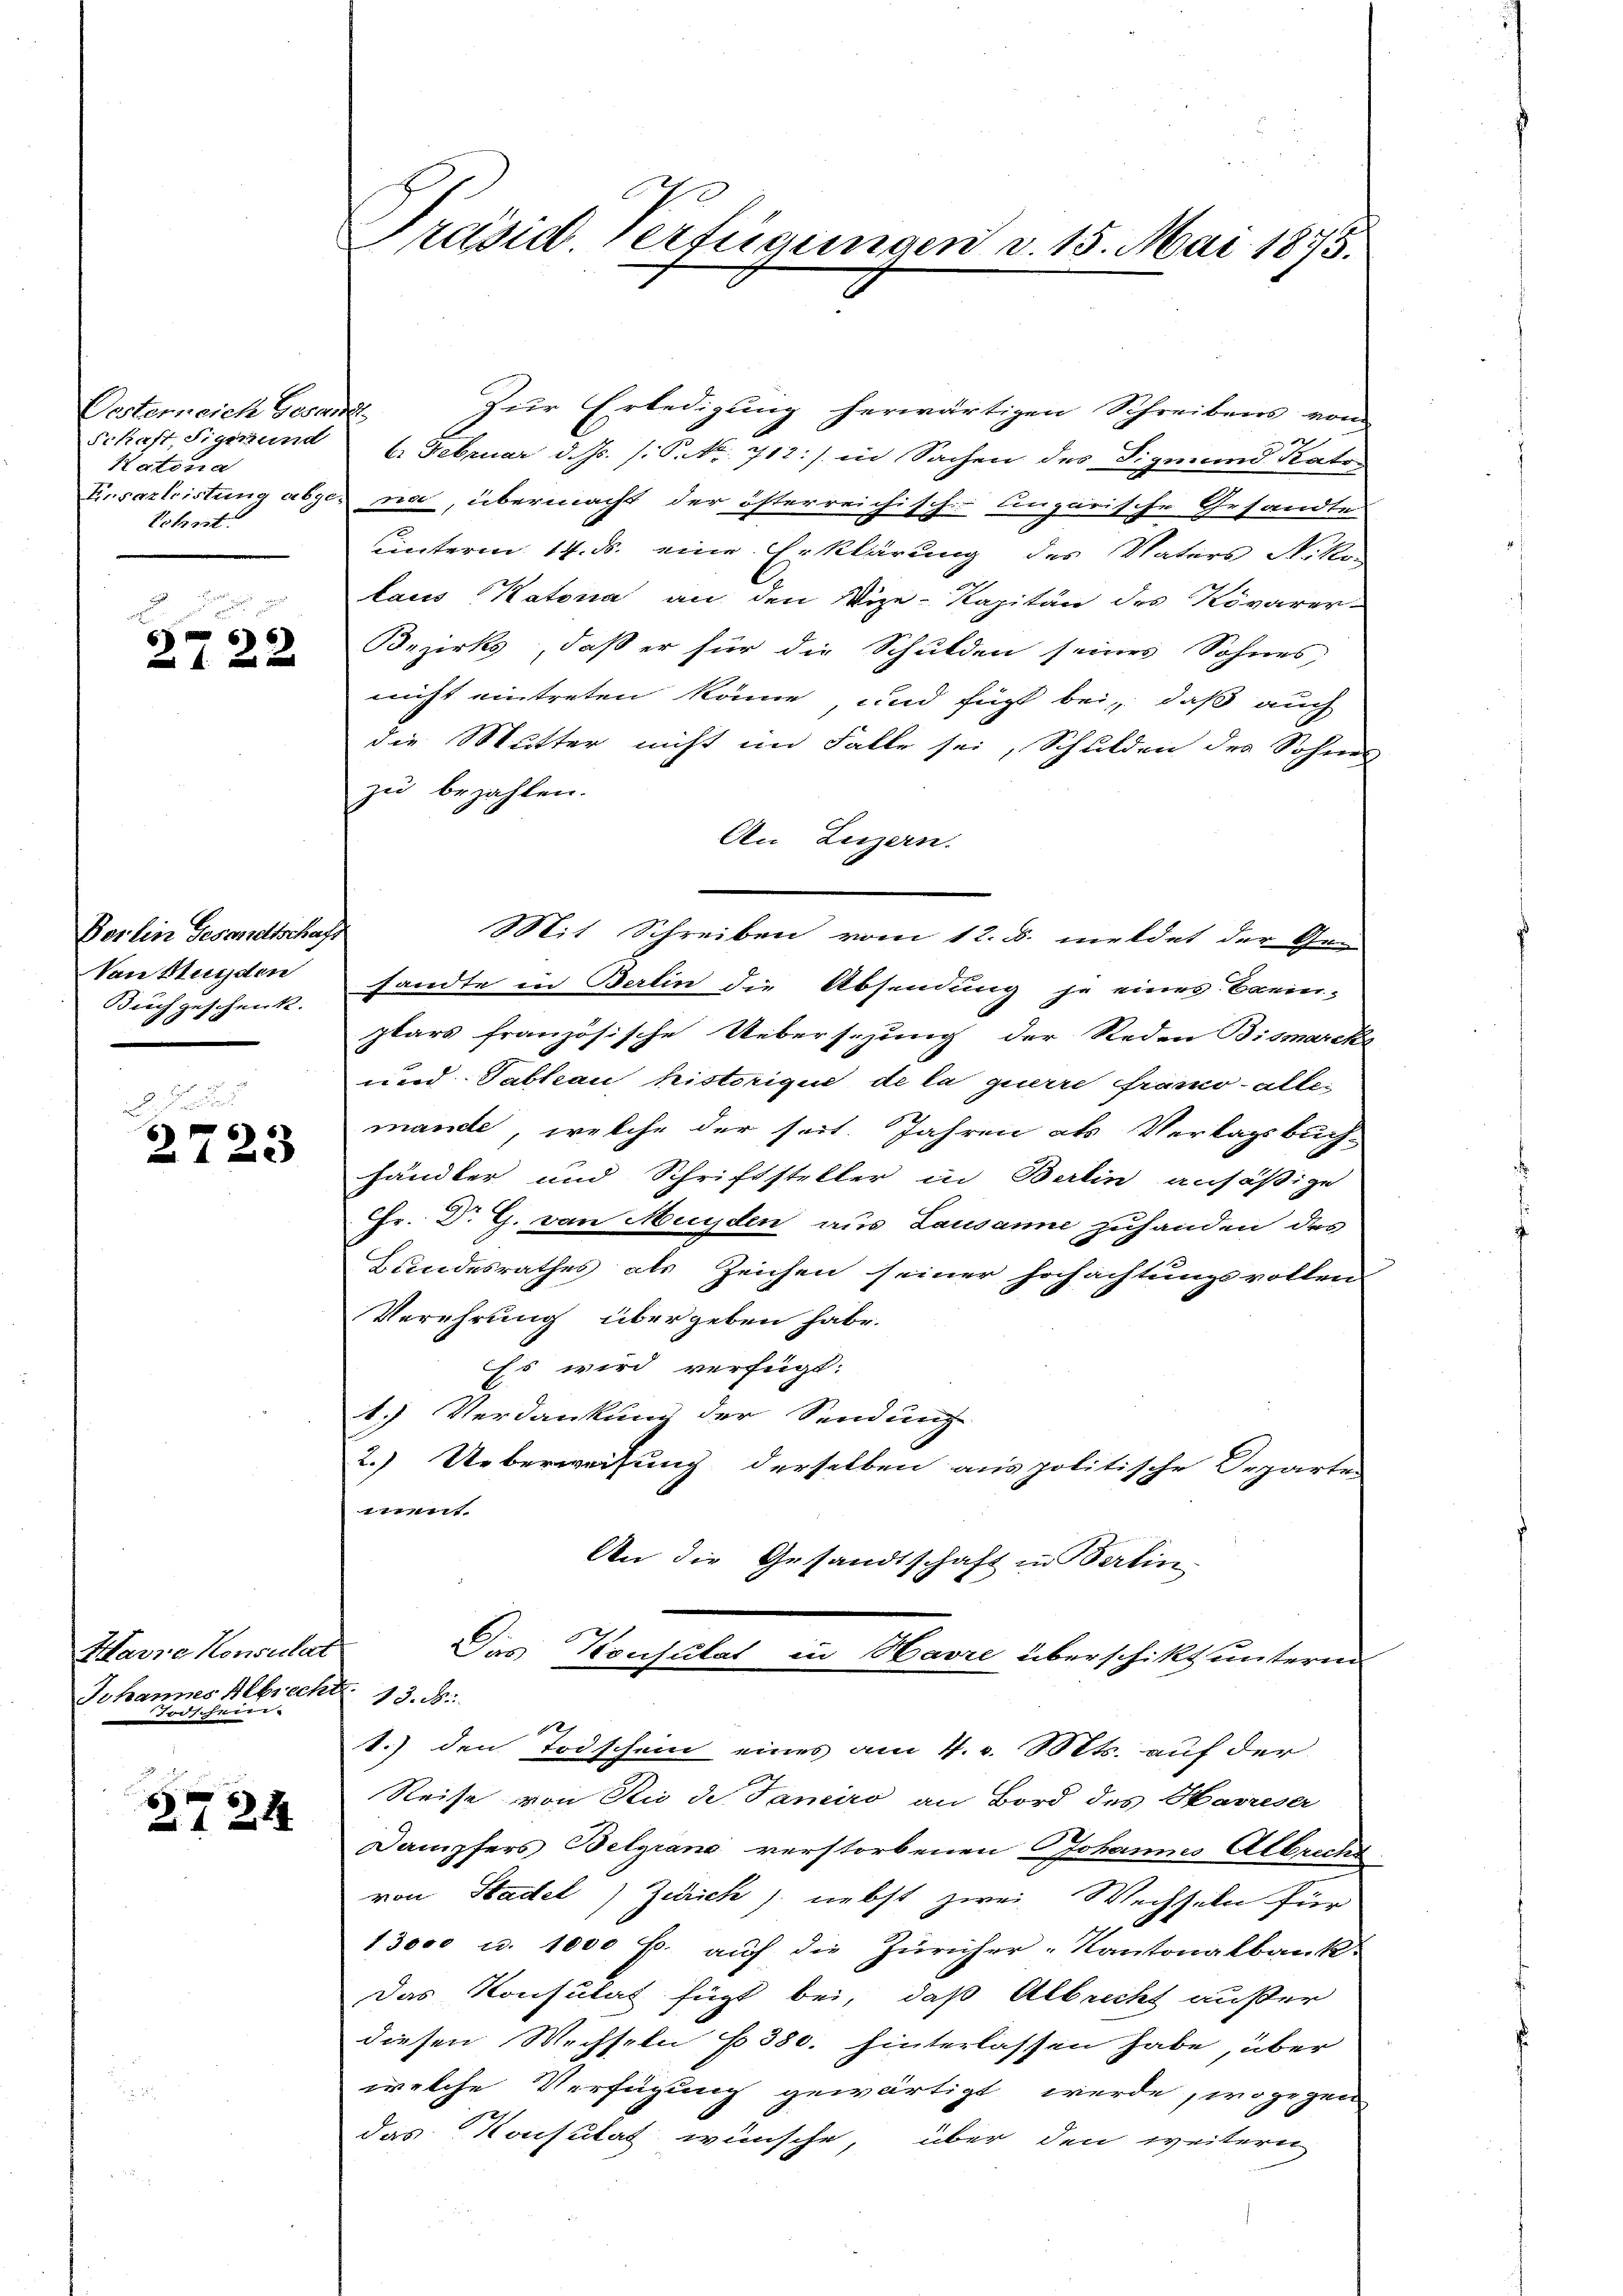
Vesterneich Gesand
Natona
Lohrest

2722

Berlin Gesandtschaft
Von Hunden
Buch geschenk.

2723

Harze Konsulat
Johannes Albrecht 13. M.
 die schwer- |

2724

Zur Erledigung herwärtigen Schreibens von
Schaft, Sigerund 6. Februar d. Js. (S. Nr. 712:/ in Sachen des Sigmund Kato-
Eusarbeistung abges na, übermacht der österreichisch-ungarische Gesandten
unterm 14. ds. eine Erklärung des Vaters Nikolaus Katona an den Vize-Kapitän des Kovarer-
Bezirks, daß er für die Schulden seines Sohnes
nicht eintreten könne, und fügt bei, daß auch
die Mutter nicht im Falle sei, Schulden des Sohnes
zu bezahlen.
An Luzern.
Mit Schreiben vom 12. d. meldet der Ge-
sandte in Berlin die Absendung je eines Beein-
plars französische Uebersezung der Reden Bismarcks
und Tableau historique de la querre frano alle
mande, welche der seit. Jahren als Vertagsbuch-
händler und Schriftsteller in Berlin ansäßige
Fr. Dr G. von Munden aus Lausanne zuhanden des
Bundesrathes als Zeichen seiner Hochachtungsvollen
Verehrung übergeben habe.
Es wird verfügt:
1.) Verdankung der Sendung
2.) Ueberweisung derselben aus politische Departe
t
An die Gesandtschaft in Berlin
Das Konsulat in Havre überschikt unterm
1.) den Todschein eines am 4. v. Mts. auf der
Reise von Rio de Jamiro an Bord des Havreser
Dampfers Belgrand verstorbenen Johannes Albrechs
von Stadel) Zürich) nebst zwei Wechseln für
13000 u. 1000 fl. auf die Züricher-Kantonalbank.
Das Konsulat fügt bei, daß Albrecht außer
diesen Wechseln f. 380. hinterlassen habe, über
welche Verfügung gewärtigt werde, wogegen
das Konsulat wünsche, über den weiteren

Präsid. Verfügungen v. 15. Mai 1875.